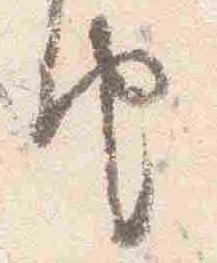
由